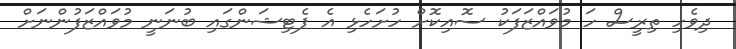
ދިވެހި ތިރީސް ހަ މުވައްޒަފަކު ސޮއިކޮށް ހުށަހެޅި އެ ޕެޓިޝަންގައި ބުނަނީ މުވައްޒަފުންނަށް